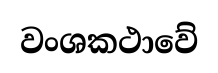
වංශකථාවේ